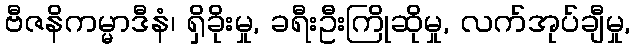
ဗီဇနိကမ္မာဒီနံ၊ ရှိခိုးမှု, ခရီးဦးကြိုဆိုမှု, လက်အုပ်ချီမှု,